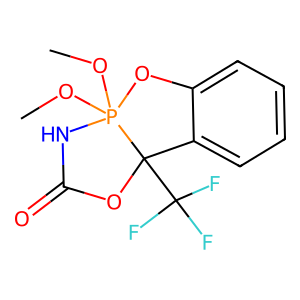
SMILES: COP12(OC)NC(=O)OC1(C(F)(F)F)c1ccccc1O2
Inhibits HIV replication: No